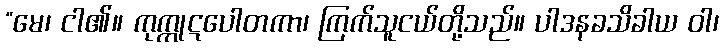
“မေ၊ ငါ၏။ ကုက္ကုဋပေါတကာ၊ ကြက်သူငယ်တို့သည်။ ပါဒနခသိခါယ ဝါ၊